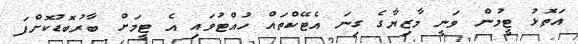
އަތޮޅު ޓީމުން ވަނީ މާޒިޔާގެ ގިނަ އެޓޭކްތައް ހުއްޓުވައި އެ ޓީމަށް ބާރުބޮޑުކޮށްފަ